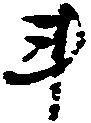
斗